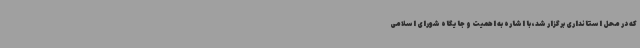
که در محل استانداری برگزار شد، با اشاره به اهمیت و جایگاه شورای اسلامی